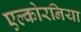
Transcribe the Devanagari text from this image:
एल्कोरनिया